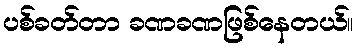
ပစ်ခတ်တာ ခဏခဏဖြစ်နေတယ်။